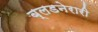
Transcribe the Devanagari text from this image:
ब्लडनेरारी